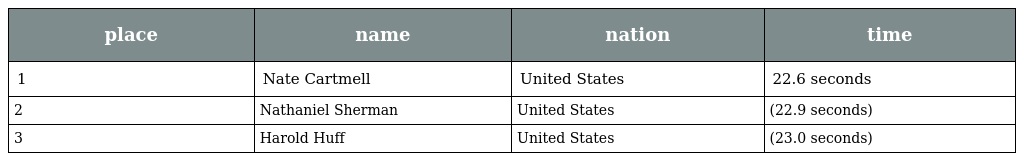
| place | name | nation | time |
 | --- | --- | --- | --- |
 | 1 | Nate Cartmell | United States | 22.6 seconds |
 | 2 | Nathaniel Sherman | United States | (22.9 seconds) |
 | 3 | Harold Huff | United States | (23.0 seconds) |